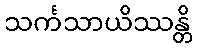
သင်္ကသာယိဿန္တိ